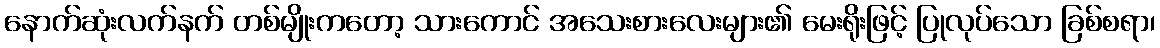
နောက်ဆုံးလက်နက် တစ်မျိုးကတော့ သားကောင် အသေးစားလေးများ၏ မေးရိုးဖြင့် ပြုလုပ်သော ခြစ်စရာ၊